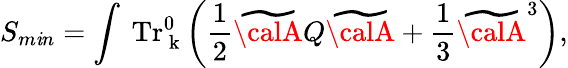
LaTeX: \displaystyle{S_{m\mathit{i}n}=\int\ {\mathrm{{Tr}}}_{\mathrm{{\mathbf{~}{k}}}}^{0}\left(\frac{{1}}{{2}}\widetilde{{{\calA}}}Q\widetilde{{{\calA}}}+\frac{{1}}{{3}}\widetilde{{{\calA}}}^{3}\right)},